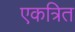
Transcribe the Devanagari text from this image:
एकत्रित